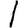
Digit: 1